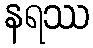
နရဿ